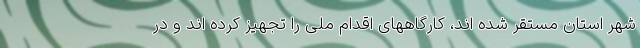
شهر استان مستقر شده اند، کارگاههای اقدام ملی را تجهیز کرده اند و در